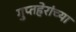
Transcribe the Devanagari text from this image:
गुप्तहेरांच्या